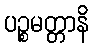
ပဉ္စမတ္တာနိ